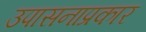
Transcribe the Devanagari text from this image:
उपासनाप्रकार